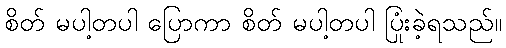
စိတ် မပါ့တပါ ပြောကာ စိတ် မပါ့တပါ ပြုံးခဲ့ရသည်။